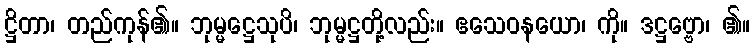
ဋ္ဌိတာ၊ တည်ကုန်၏။ ဘုမ္မဋ္ဌေသုပိ၊ ဘုမ္မဋ္ဌတို့လည်း။ ဧသေဝနယော၊ ကို။ ဒဋ္ဌဗ္ဗော၊ ၏။